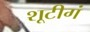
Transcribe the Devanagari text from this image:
शूटीगं